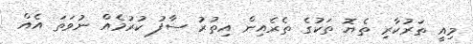
މިއީ ތަރުކާރި ތެޔޮ ތަކުގެ ތެރެއިން އިތުރު ސާފު ކުރުމެއް ނުވަތަ އެއް